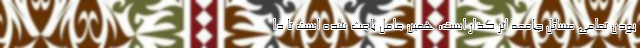
بودن تمامی مسائل جامعه اثر گذار است، همین عامل باعث شده است تا دا